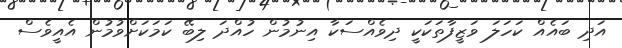
އަދި ބައެއް ކަހަލަ ވަޒީފާތަކަކީ ދިވެއްސަކާ އިނުމުން ހުއްދަ ލިބޭ ކަމަކަށްވުމުން އެއީވެސް